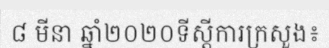
៨ មីនា ឆ្នាំ២០២០ទីស្តីការក្រសួង៖